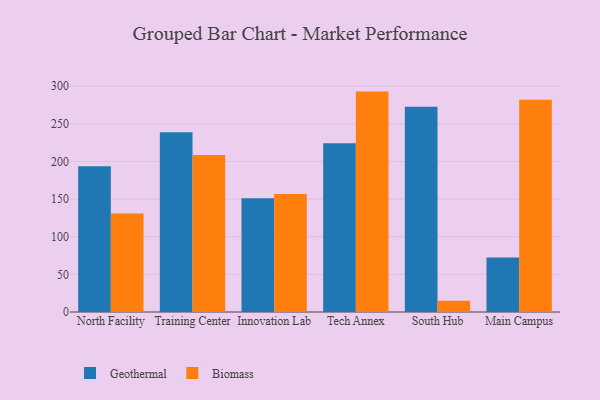
{"axis": {"x": "Campus", "y": "Tickets Resolved"}, "legend": ["Biomass", "Geothermal"], "data": [{"x": "North Facility", "y": 193.5, "type": "Geothermal"}, {"x": "North Facility", "y": 130.8, "type": "Biomass"}, {"x": "Training Center", "y": 238.8, "type": "Geothermal"}, {"x": "Training Center", "y": 208.7, "type": "Biomass"}, {"x": "Innovation Lab", "y": 151.2, "type": "Geothermal"}, {"x": "Innovation Lab", "y": 156.8, "type": "Biomass"}, {"x": "Tech Annex", "y": 224.3, "type": "Geothermal"}, {"x": "Tech Annex", "y": 292.8, "type": "Biomass"}, {"x": "South Hub", "y": 272.7, "type": "Geothermal"}, {"x": "South Hub", "y": 14.8, "type": "Biomass"}, {"x": "Main Campus", "y": 72.4, "type": "Geothermal"}, {"x": "Main Campus", "y": 282.0, "type": "Biomass"}]}